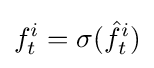
f_{t}^{i}=\sigma ({\hat {f}}_{t}^{i})